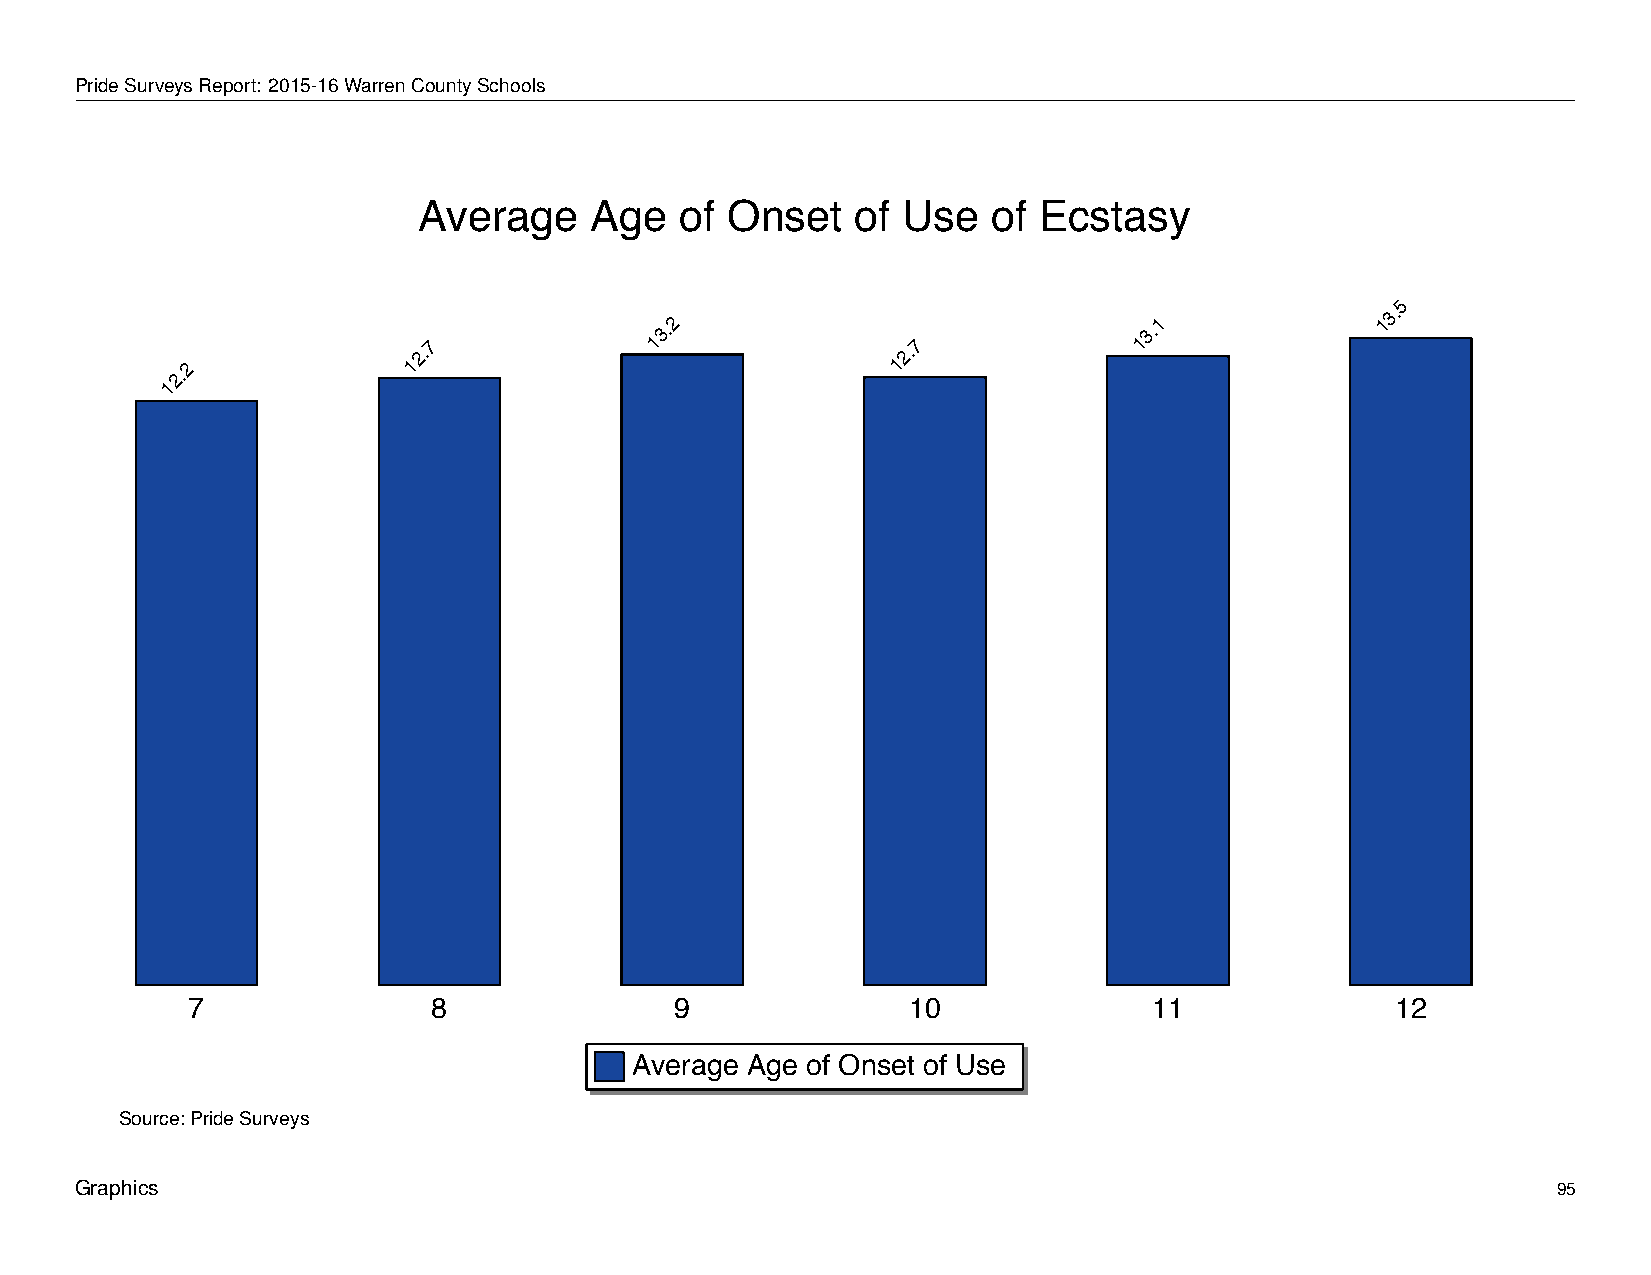
Average           Age       of   Onset        of   Use      of   Ecstasy
 PrideSurveysReport: 2015-16WarrenCountySchools
 Average    Age   of Onset    of Use   of Ecstasy
 5
 2.7
 13.2
 2.7
 13.1
 13.
 2.2             1                               1
 1
 7                8               9              10              11              12
 Average Age of Onset of Use
 Source: Pride Surveys
 Graphics                                                                                          95